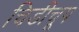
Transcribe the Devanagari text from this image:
चिडीचूप